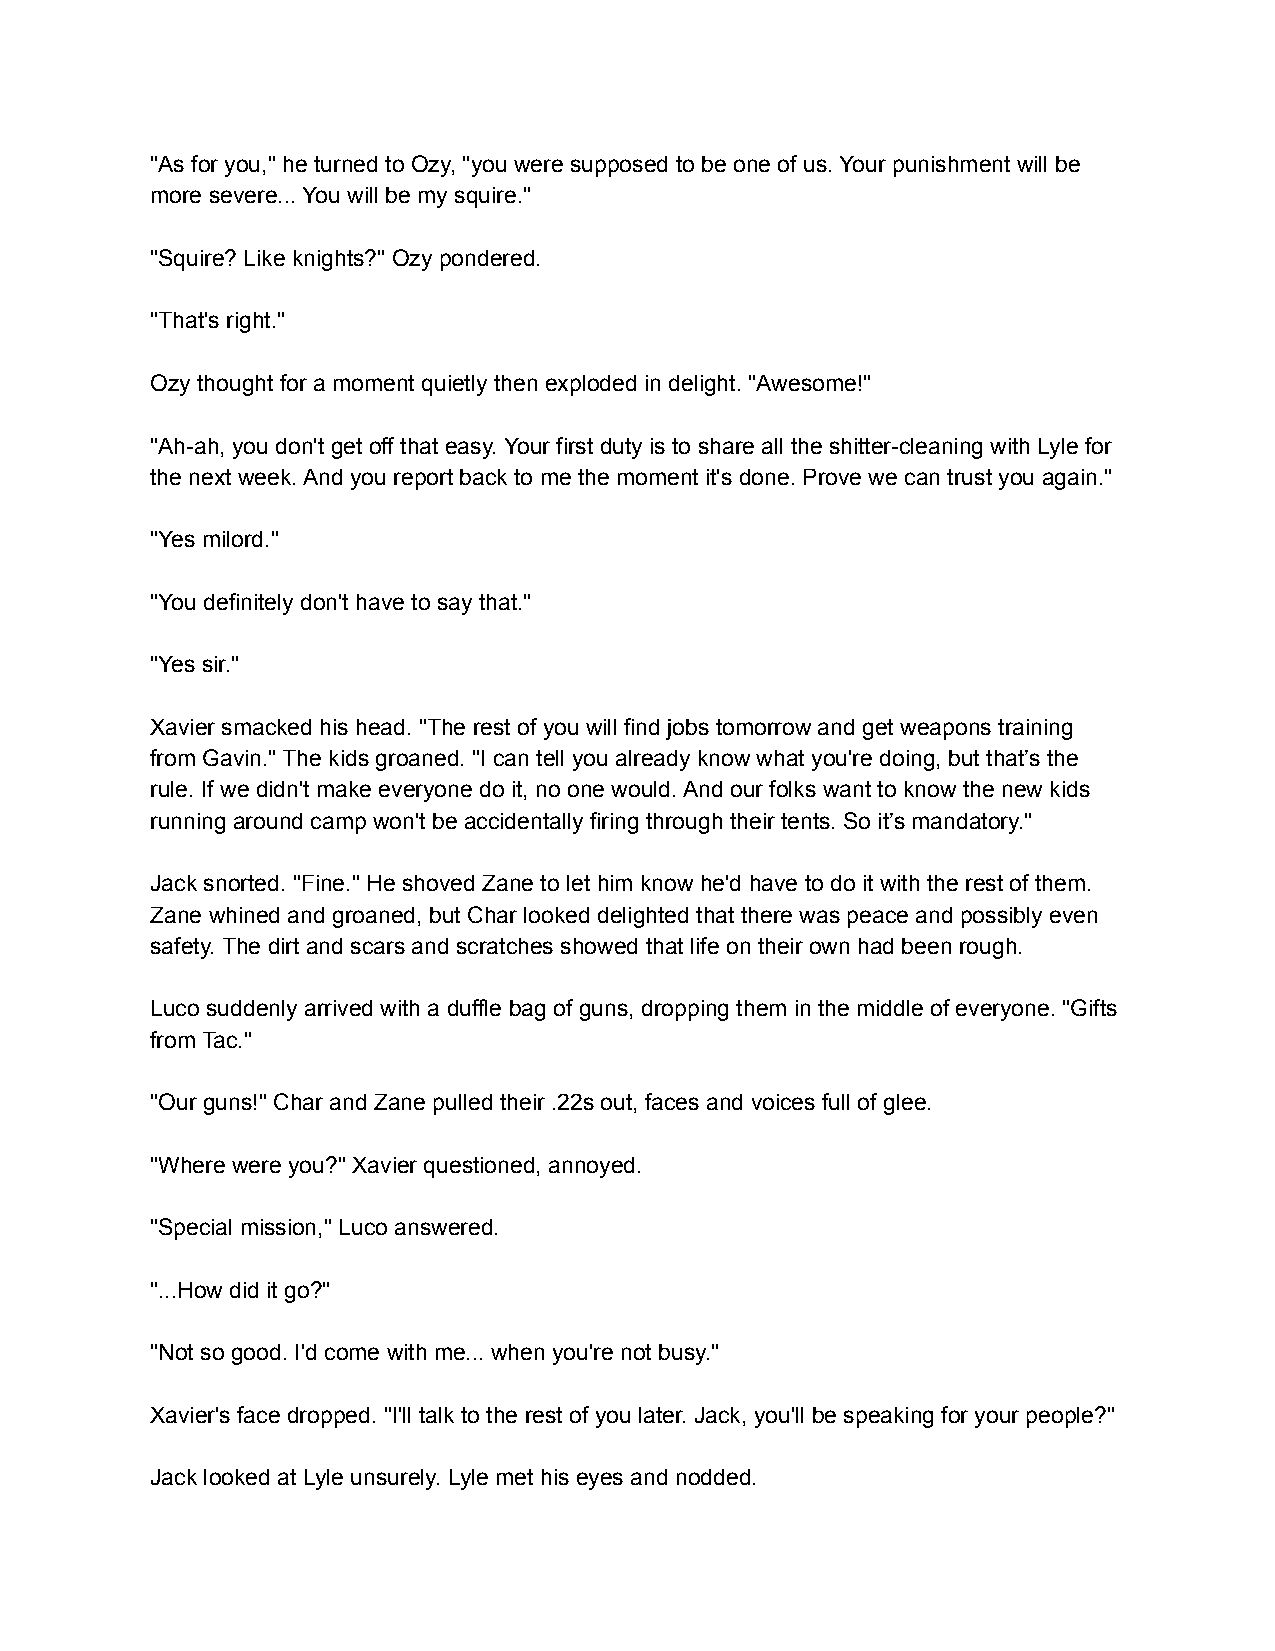
"As for you," he turned to Ozy, "you were supposed to be one of us. Your punishment will be
 more severe... You will be my squire."
 "Squire? Like knights?" Ozy pondered.
 "That's right."
 Ozy thought for a moment quietly then exploded in delight. "Awesome!"
 "Ah-ah, you don't get off that easy. Your first duty is to share all the shitter-cleaning with Lyle for
 the next week. And you report back to me the moment it's done. Prove we can trust you again."
 "Yes milord."
 "You definitely don't have to say that."
 "Yes sir."
 Xavier smacked his head. "The rest of you will find jobs tomorrow and get weapons training
 from Gavin." The kids groaned. "I can tell you already know what you're doing, but that’s the
 rule. If we didn't make everyone do it, no one would. And our folks want to know the new kids
 running around camp won't be accidentally firing through their tents. So it’s mandatory."
 Jack snorted. "Fine." He shoved Zane to let him know he'd have to do it with the rest of them.
 Zane whined and groaned, but Char looked delighted that there was peace and possibly even
 safety. The dirt and scars and scratches showed that life on their own had been rough.
 Luco suddenly arrived with a duffle bag of guns, dropping them in the middle of everyone. "Gifts
 from Tac."
 "Our guns!" Char and Zane pulled their .22s out, faces and voices full of glee.
 "Where were you?" Xavier questioned, annoyed.
 "Special mission," Luco answered.
 "...How did it go?"
 "Not so good. I'd come with me... when you're not busy."
 Xavier's face dropped. "I'll talk to the rest of you later. Jack, you'll be speaking for your people?"
 Jack looked at Lyle unsurely. Lyle met his eyes and nodded.